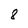
Character: 8